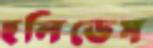
হলিডেস